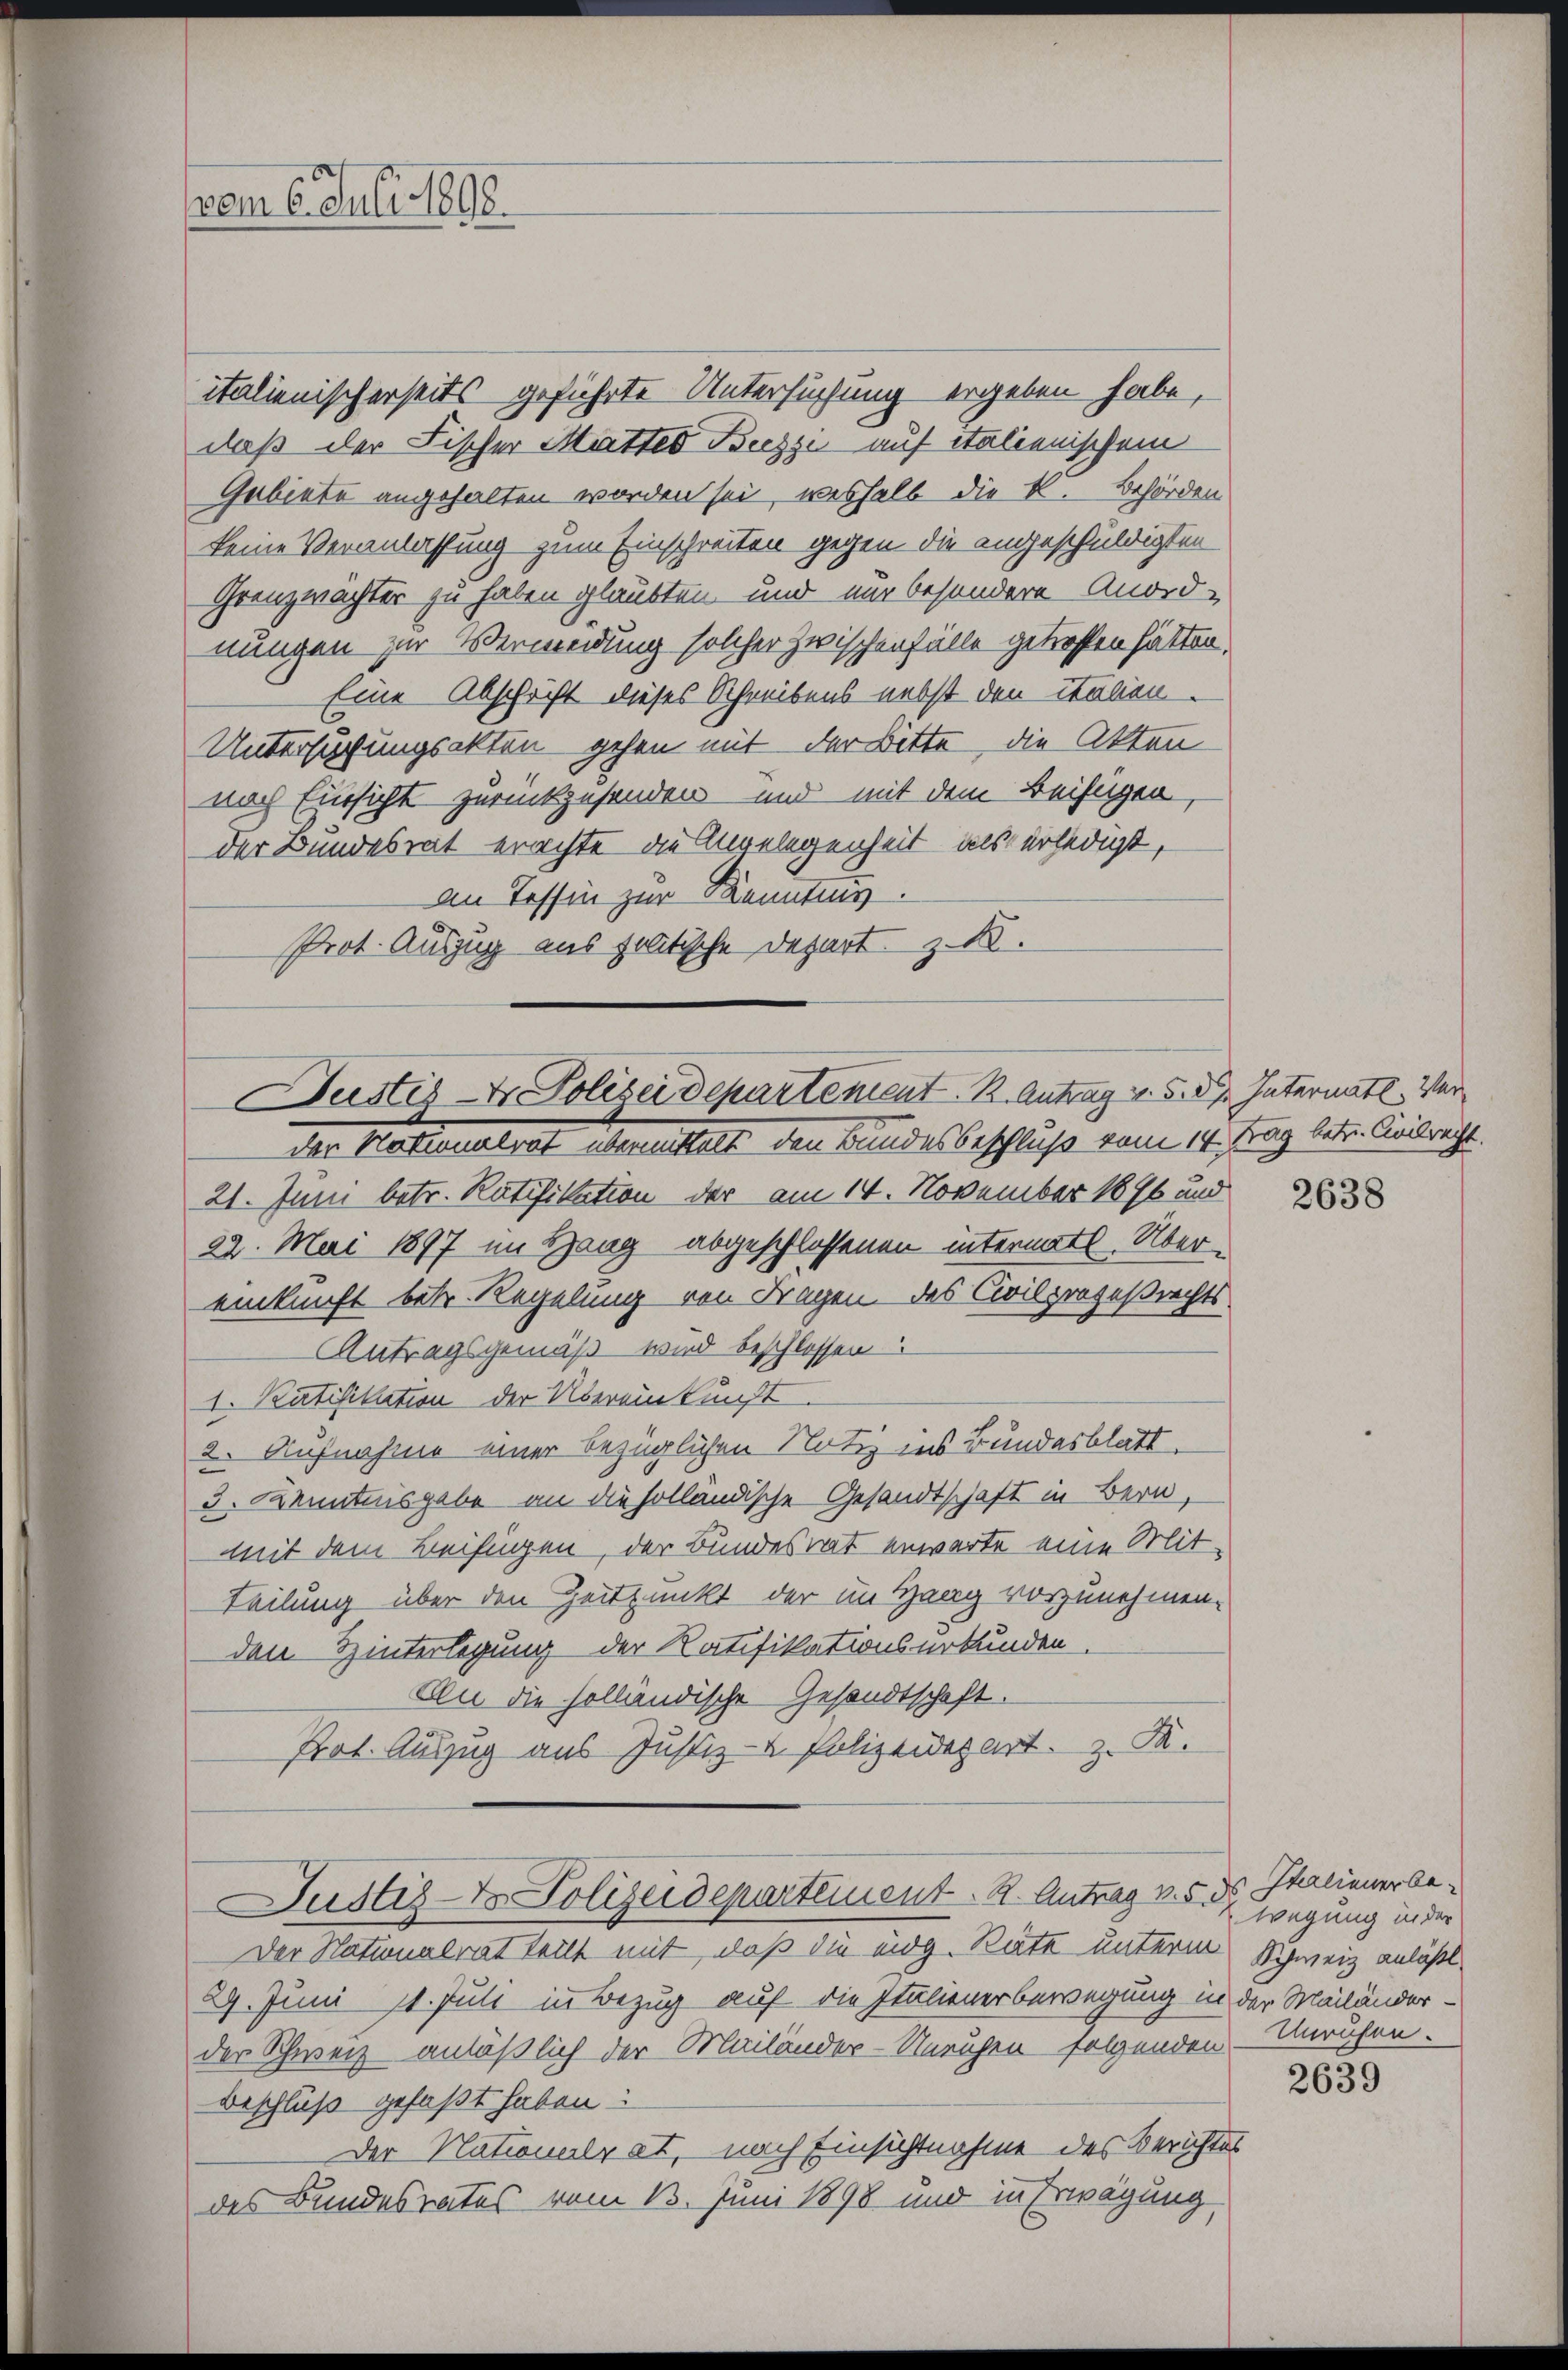
vom 6. Juli 1898.

italienischerseits geführte Untersuchung ergeben habe,
daß der Fischer Mutter Bezzi auf italienischem
Gabiete angehalten worden sei, weshalb die K. Behörden
keine Veranlassung zum Einschreiten gegen die angeschuldigten
Grenzwachter zu haben glaubten und nur besondere Anordnungen zur Vermeidung solcher zwischenfälle getroffen hätten.
Eine Abschrift dieses Schreibens nebst den italien
Untersuchungsakten gehen mit der Bitte, die Akten
nach Einsicht zurückzusenden und mit dem Beifügen,
der Bundesrat errechte, die Angelegenheit als erledigt,
an Tessin zur Kenntnis.
Prot. Auszug aus politische Depart z. B.

Justiz- & Polizeidepartement K. Antrag v. 5. d. Intermatt Verder Notionalrat Senattet den Kindes beschluß vom 14. Tag lt. Einbericht.

21. Juni betr. Ratifikation der am 14. November 1896 und
22. Mai 1897 im Gang abgeschlossenen intermatt. Über-
einkunft betr. Regelung von Fragen des Civilprozeßrechts¬
Antragsgemäß wird beschlossen
1. Ratifikation der Übereinkunft.
2. Aufnahme einer bezüglichen Notiz ins Bundesblatt.
3. Kenntnisgabe an die holländische Gesandtschaft in Bern,
mit dem Beifügen, der Bundesrat erwarte eine Mit-
Teilung über den Zeitpunkt der im Haag vorzunehmen.
den Hinterlegung der Ratifikationsurkunden.
An die holländische Gesandtschaft.
Prot. Auszug aus Justiz- & Polizeidepart z. B.
Justiz & Polizeidepartement. R. Antrag v. 5. 5
Der Nationalrat teilt mit, daß die eidg. Rate unterm Schweiz anläßt
29. Juni 11. Juli in Bezug auf die Italiener bewegung in der Mailänderder Schweiz anläßlich der Mailänder-Unruhen folgenden
Beschluß gefaßt haben:
Der Nationalrat, nach Einsichtnahme des Berichtes
des Bundesrates vom 13. Juni 1898 und in Erwägung

2638

Italienerbewegung in der
Unrufen.

2639